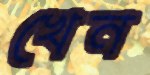
খেন